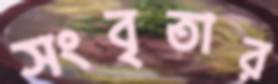
সংবৃতার